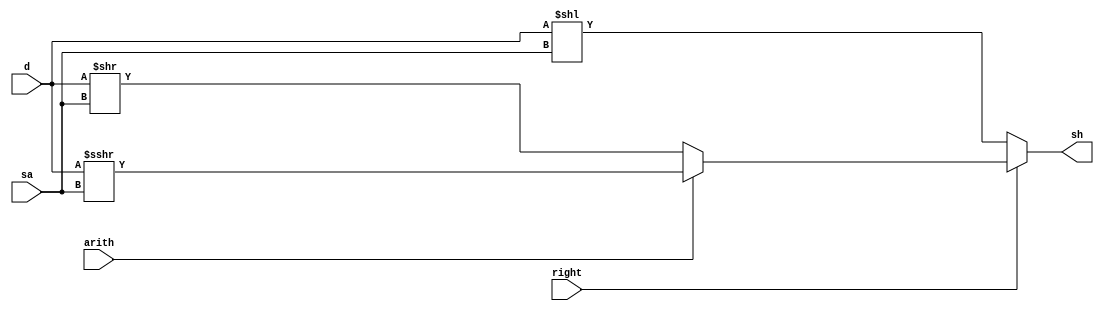
module shift(
    input [31:0] d,
    input [4:0] sa,
    input right,
    input arith,
    output [31:0] sh
);

    reg [31:0] sh;
    always@(*) begin
        if(!right) begin
            sh = d << sa;
        end
        else if(!arith) begin
            sh = d >> sa;
        end
        else begin
            sh = $signed(d) >>> sa;
        end
    end
endmodule